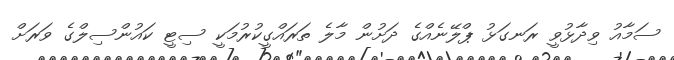
ސަމާއު ވިދާޅުވީ ރަނގަޅު ޕްލޭނެއްގެ ދަށުން މާލެ ތަރައްގީކުރުމަކީ ސިޓީ ކައުންސިލްގެ ވަރަށް